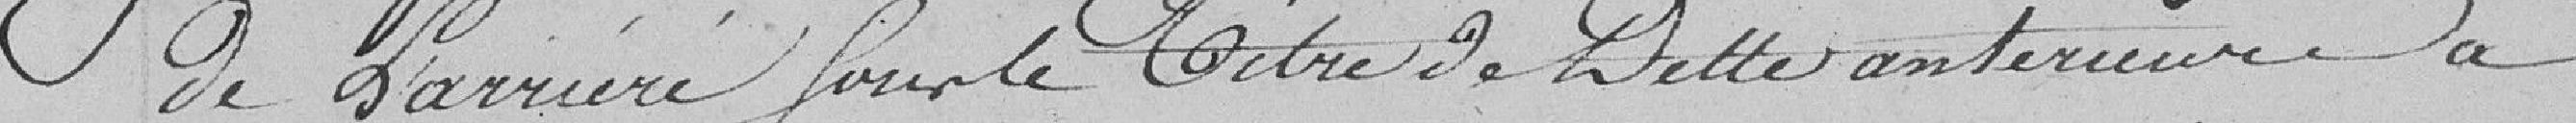
de l’arriéré pour le titre de dette antérieur à